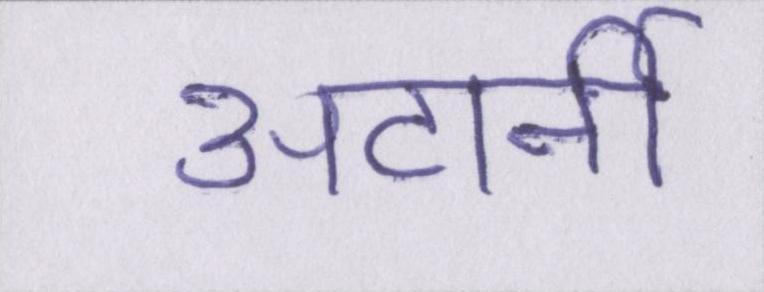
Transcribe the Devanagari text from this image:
अटार्नी